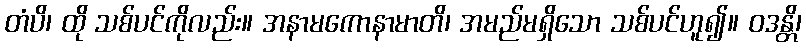
တံပိ၊ ထို သစ်ပင်ကိုလည်း။ အနာမကောနာမာတိ၊ အမည်မရှိသော သစ်ပင်ဟူ၍။ ဝဒန္တိ၊